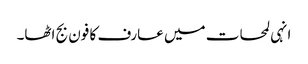
انہی لمحات میں عارف کا فون بج اٹھا۔